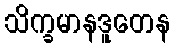
သိက္ခမာနဒူတေန